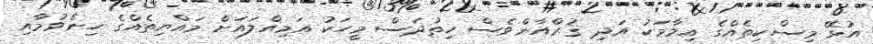
އުޅޭ މިސްކިތެއްގެ އިމާމަކު އަދި ޤުރްއާންވެސް ހިތުދަސް މީހަކު އަމިއްލައަށް މައްޔިތެއްގެ ހިނެވުމާއި